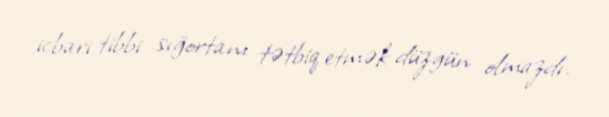
icbari tibbi sığortanı tətbiq etmək düzgün olmazdı.